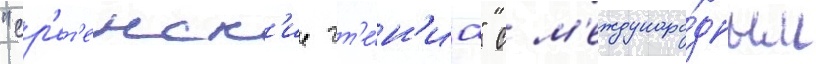
"ср'ет'енск'ие чт'е́н'иа" с м'еждунаро́дным